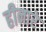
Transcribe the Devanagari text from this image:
हीनारे